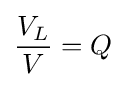
{\frac {V_{L}}{V}}=Q